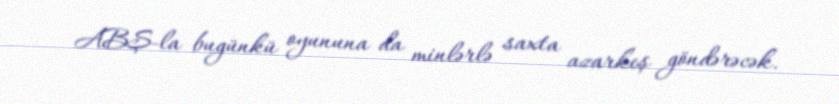
ABŞ-la bugünkü oyununa da minlərlə saxta azarkeş göndərəcək.